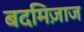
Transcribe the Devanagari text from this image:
बदमिज़ाज